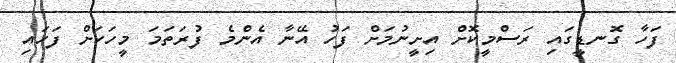
ފަހާ ގޮނޑީގައި ރަސްމީކޮށް އިށީނުމަށް ފަހު އޭނާ އެންމެ ފުރަތަމަ މީހަކަށް ފަހައި